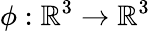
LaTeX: \phi:\mathbb{R}^{3}\to\mathbb{R}^{3}